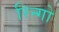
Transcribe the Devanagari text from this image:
रिन्गो